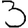
Digit: 3